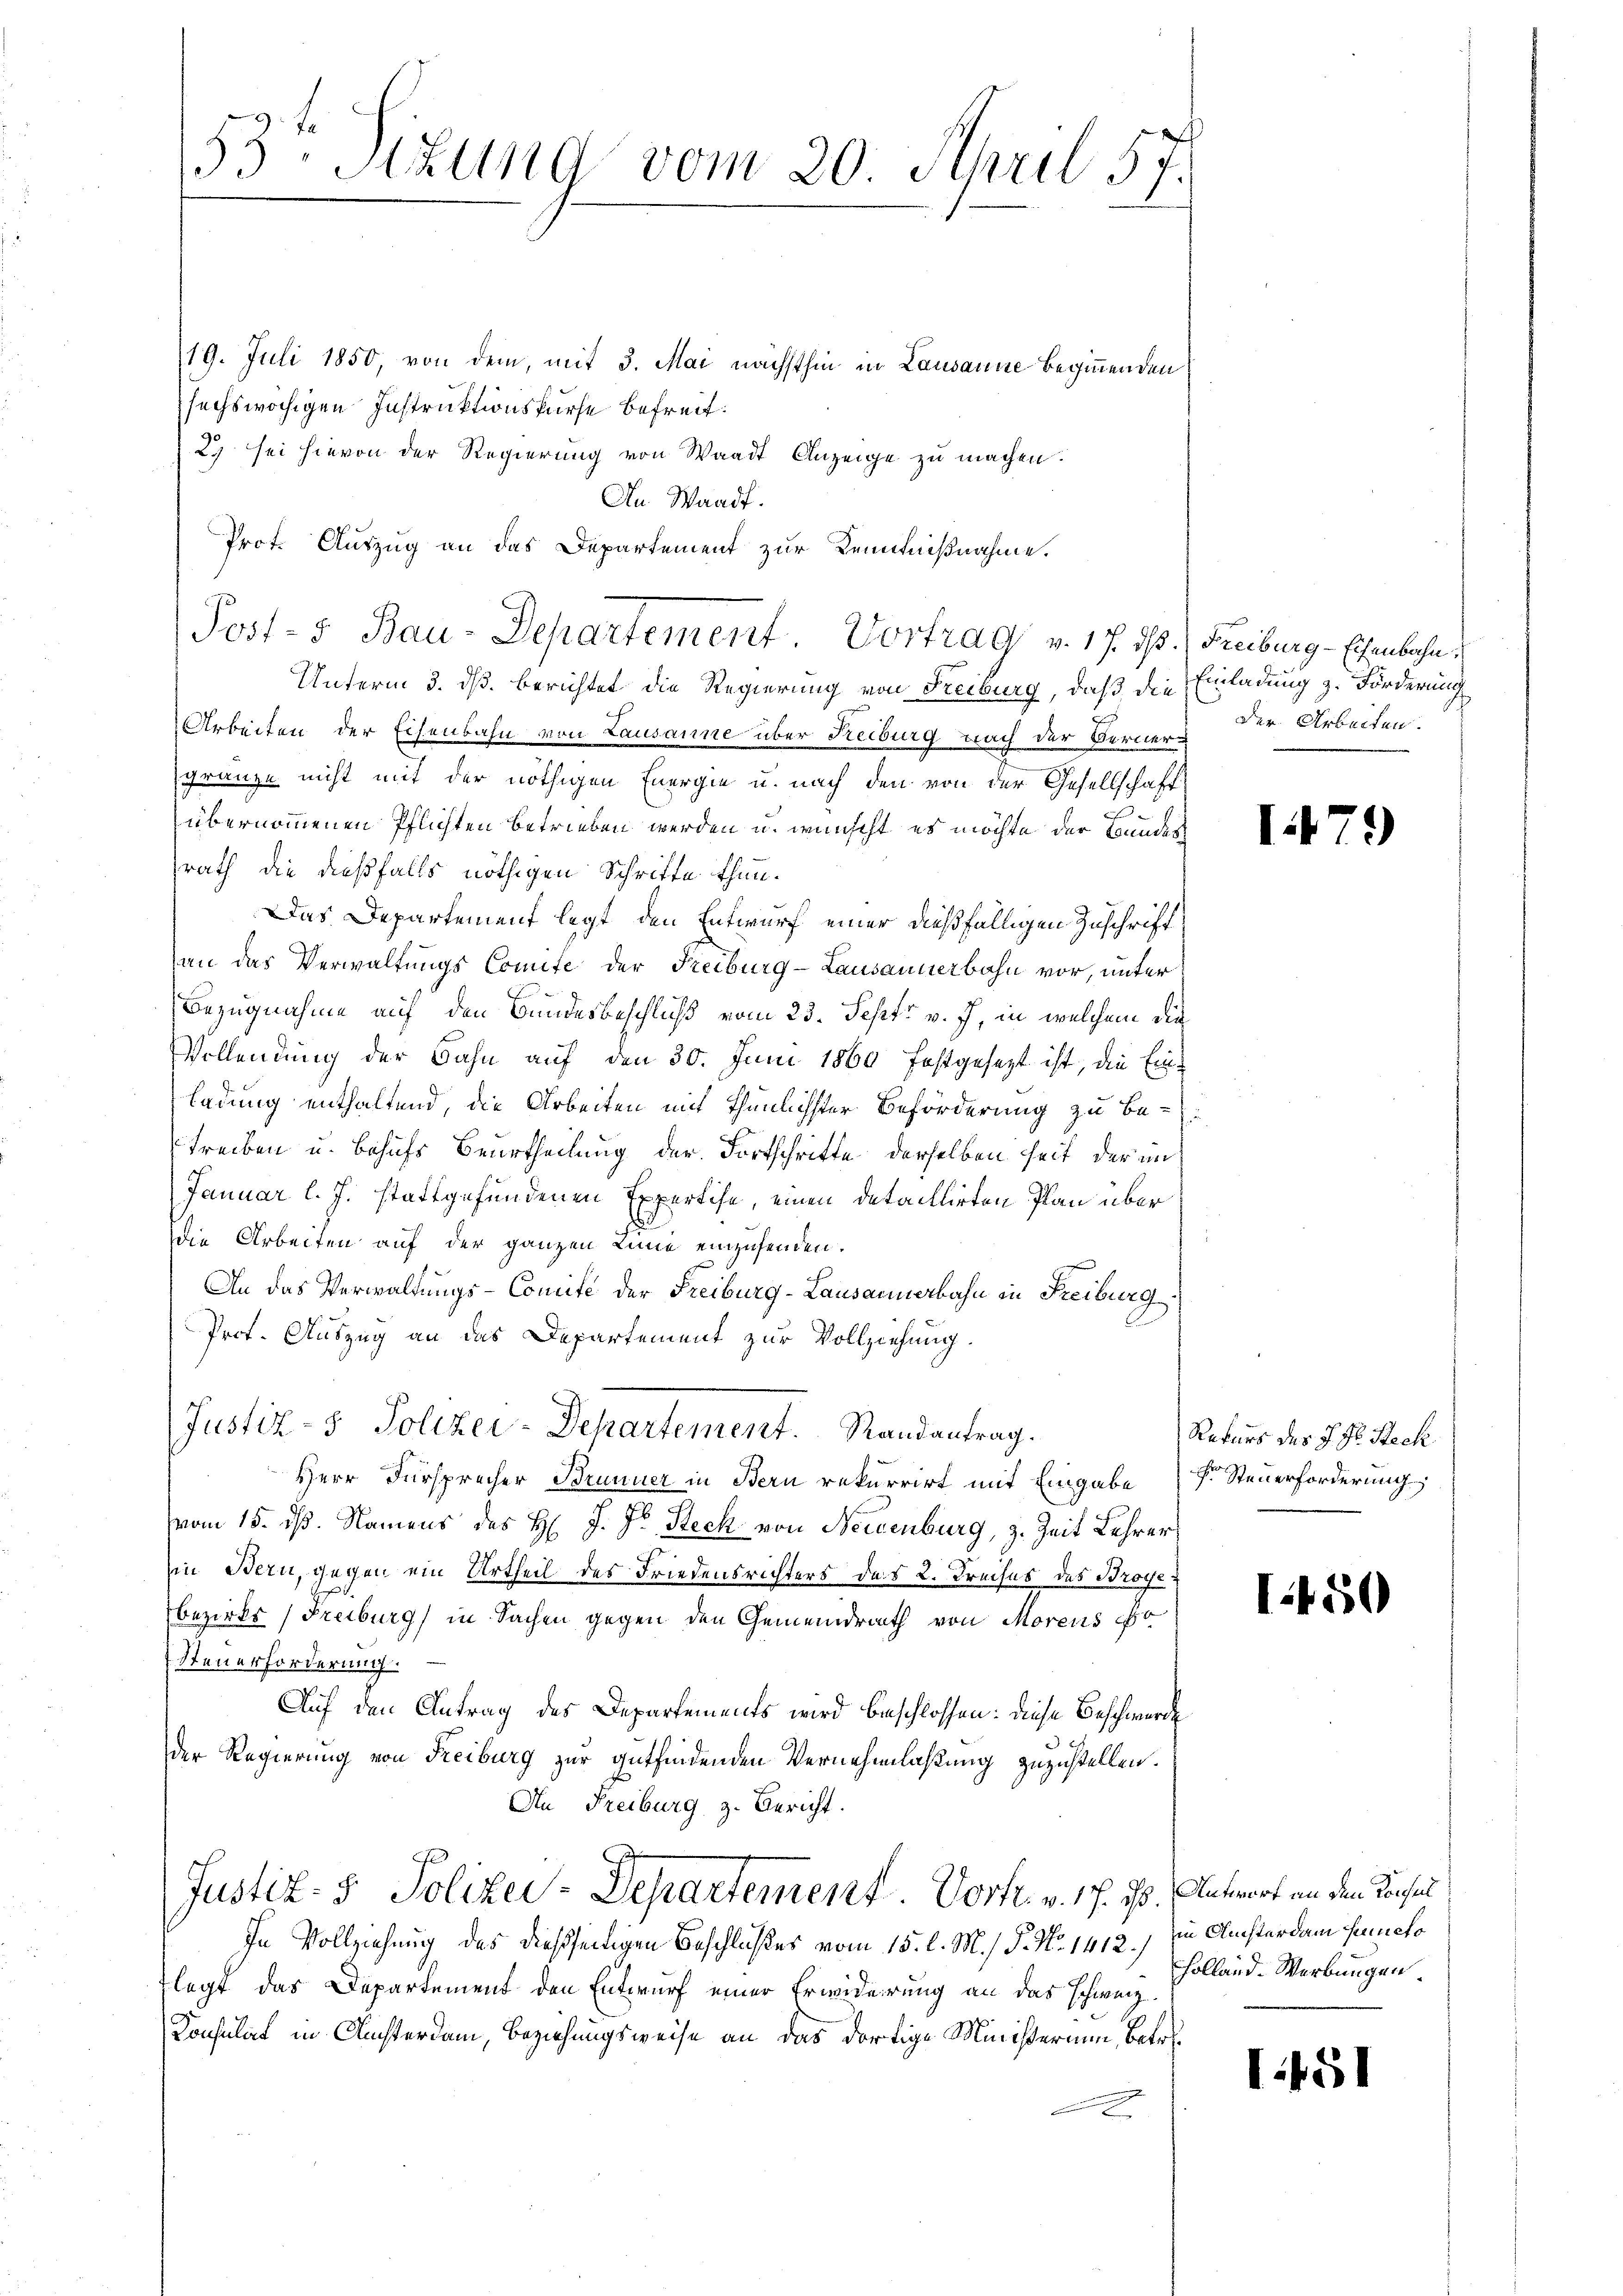
19. Juli 1850, von dem, mit 3. Mai nächsthin in Lausanne beginnenden
sechswöchigen Instruktionsfürse befreit.
2) sei hievon der Regierung von Waadt Anzeige zu machen.
An Waadt.
Unterm 3. dß. berichtet die Regierung von Freiburg, daß die Einladung z. Förderung
Arbeiten der Eisenbahn von Lausanne über Reiburg nach der Bernergränze nicht mit der nöthigen Energie u. nach den von der Gesellschaft
übernommenen Pflichten betrieben werden u. wünscht es möchte der Bundes
srath die dießfalls nöthigen Schritte thun.
Das Departement legt, den Entwurf einer dießfälligen Zuschrift
an das Verwaltungs Comite der Freiburg-Lausannerbahn vor, unter
Bezugnahme auf den Bundesbeschluß vom 23. Sept v. J., in welchem die
Vollendung der Bahn auf den 30. Juni 1860 festgesezt ist, die Einladung enthaltend, die Arbeiten mit thunlichster Beförderung zu be-
streiben u. behufs Beurtheilung der Fortschritte derselben seit der im
Januar l. J. stattgefundenen Expertise, einen detaillirten Plan über
Die Arbeiten auf der ganzen Linie einzusenden.
An das Verwaltungs-Comite der Freiburg-Lausannerbahn in Freiburg
Prof. Auszug an das Departement zur Vollziehung.
Justiz- & Polizei-Departement. Randantrag.
Herr Fürsprecher Brunner in Bern rekurrirt mit Eingabe (s. Steuerforderung
vom 15. dß. Namens des H. J. Dr Steck von Neuenburg, z. Zeit Lehrer
in Bern, gegen ein Urtheil des Friedensrichters des 2. Kreises des Broyer
Bezirks (Freiburg in Sachen gegen den Gemeindrath von Morens
Steuerforderung.
Auf den Antrag des Departements wird beschlossen: diese Beschwerde
der Regierung von Freiburg zur gutfindenden Vernehmlassung zuzustellen.
An Freiburg z. Bericht.
Justiz- & Polizei-Departement. Vortr. v. 17. ds. Antwort an den Konsul
In Vollziehung des dießseitigen Beschlußes vom 15. l. M.) P. No 1412.) in Ansterdam Functo
legt das Departement den Entwurf einer Erwiderrung an das schweiz.
Konsulat in Ansterdam, Beziehungsweise an das dortige Ministerium, betr.
2

33 Stzung vom 20. April 57.

Prot. Auszug an das Departement zur Kenntnißnahme.
Post- & Bau-Departement Vortrag v. 17. ds. Freiburg - Eisenbahn

der Arbeiten.

Rekurs des J. H. Steck

Holland. Werbungen.

17

)

I.450

1451